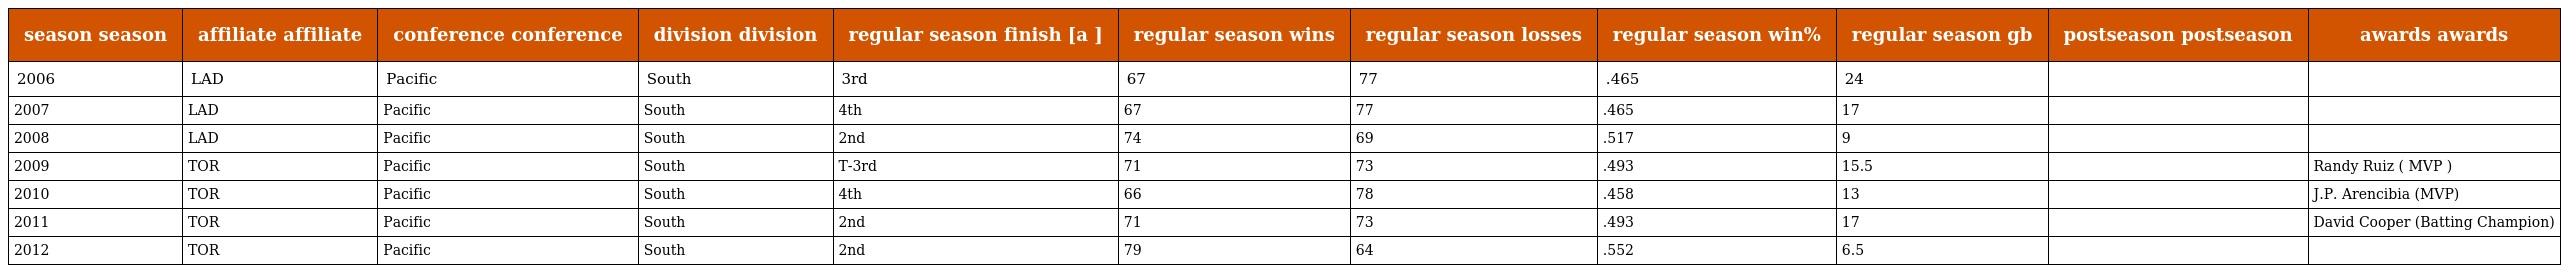
| season season | affiliate affiliate | conference conference | division division | regular season finish [a ] | regular season wins | regular season losses | regular season win% | regular season gb | postseason postseason | awards awards |
 | --- | --- | --- | --- | --- | --- | --- | --- | --- | --- | --- |
 | 2006 | LAD | Pacific | South | 3rd | 67 | 77 | .465 | 24 |  |  |
 | 2007 | LAD | Pacific | South | 4th | 67 | 77 | .465 | 17 |  |  |
 | 2008 | LAD | Pacific | South | 2nd | 74 | 69 | .517 | 9 |  |  |
 | 2009 | TOR | Pacific | South | T-3rd | 71 | 73 | .493 | 15.5 |  | Randy Ruiz ( MVP ) |
 | 2010 | TOR | Pacific | South | 4th | 66 | 78 | .458 | 13 |  | J.P. Arencibia (MVP) |
 | 2011 | TOR | Pacific | South | 2nd | 71 | 73 | .493 | 17 |  | David Cooper (Batting Champion) |
 | 2012 | TOR | Pacific | South | 2nd | 79 | 64 | .552 | 6.5 |  |  |